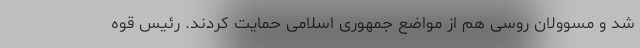
شد و مسوولان روسی هم از مواضع جمهوری اسلامی حمایت کردند. رئیس قوه